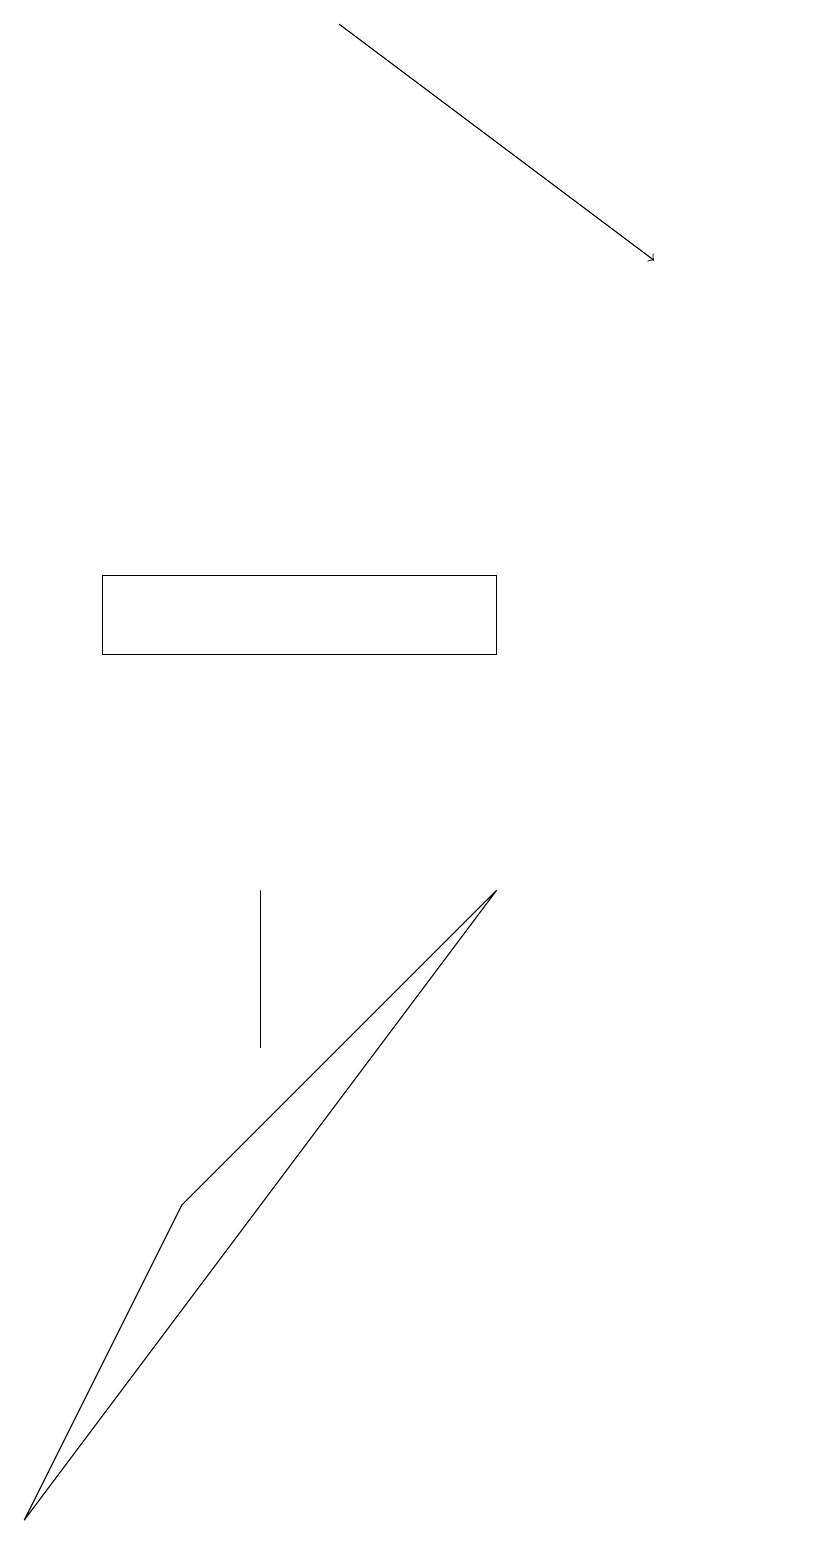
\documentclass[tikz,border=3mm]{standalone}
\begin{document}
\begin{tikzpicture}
\draw (11,10) circle (0);
\draw (4,6) -- (4,8) -- (4,8) -- cycle;
\draw (7,11) rectangle (2,12);
\draw[->] (5,19) -- (9,16);
\draw (1,0) -- (7,8) -- (3,4) -- cycle;
\draw (11,12) circle (0);
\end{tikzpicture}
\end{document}